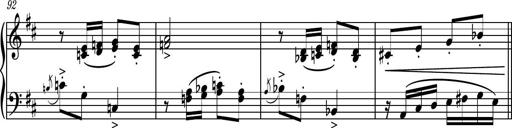
Title: Piano Sonatina No.4
Composer: Dimitri Sykias
Key: D major